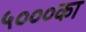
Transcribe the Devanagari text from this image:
५०००का